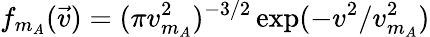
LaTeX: f_{m_{A}}(\vec{v})=(\pi v_{m_{A}}^{2})^{-3/2}\exp(-v^{2}/v_{m_{A}}^{2})